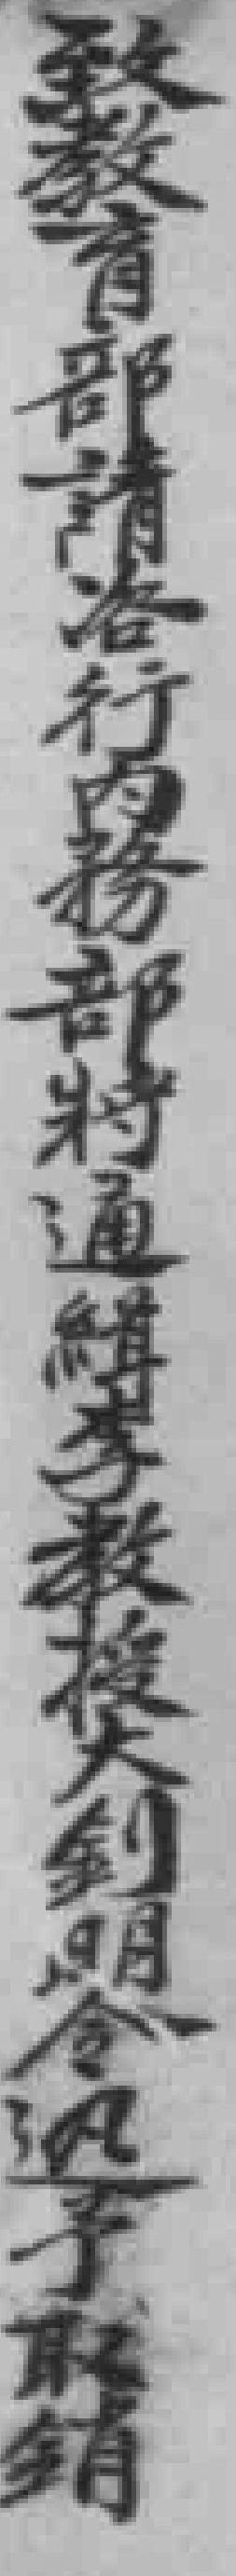
致教育部請咨行内務部將通缉李教授大钊明令迅予取銷